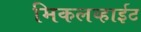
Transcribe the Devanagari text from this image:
मिकलव्हाईट